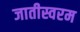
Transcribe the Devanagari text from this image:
जातीस्वरम